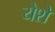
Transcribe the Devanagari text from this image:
येशे